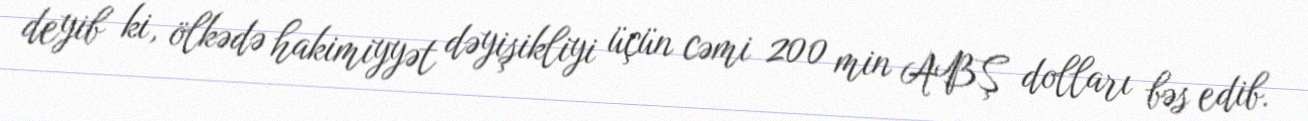
deyib ki, ölkədə hakimiyyət dəyişikliyi üçün cəmi 200 min ABŞ dolları bəs edib.